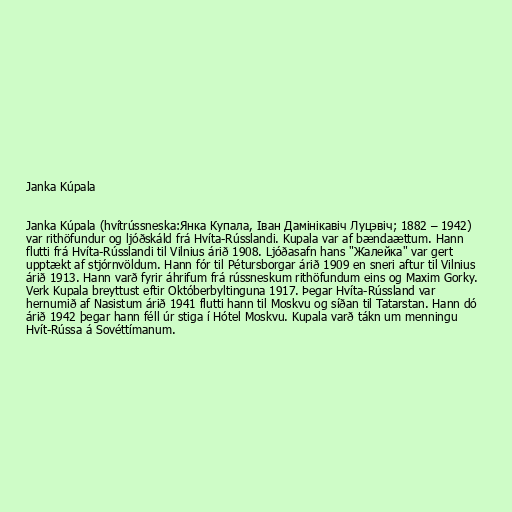
Janka Kúpala

Janka Kúpala (hvítrússneska:Янка Купала, Іван Дамінікавіч Луцэвіч; 1882 – 1942)
var rithöfundur og ljóðskáld frá Hvíta-Rússlandi. Kupala var af bændaættum. Hann
flutti frá Hvíta-Rússlandi til Vilnius árið 1908. Ljóðasafn hans "Жалейка" var gert
upptækt af stjórnvöldum. Hann fór til Pétursborgar árið 1909 en sneri aftur til Vilnius
árið 1913. Hann varð fyrir áhrifum frá rússneskum rithöfundum eins og Maxim Gorky.
Verk Kupala breyttust eftir Októberbyltinguna 1917. Þegar Hvíta-Rússland var
hernumið af Nasistum árið 1941 flutti hann til Moskvu og síðan til Tatarstan. Hann dó
árið 1942 þegar hann féll úr stiga í Hótel Moskvu. Kupala varð tákn um menningu
Hvít-Rússa á Sovéttímanum.